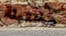
مختبئة